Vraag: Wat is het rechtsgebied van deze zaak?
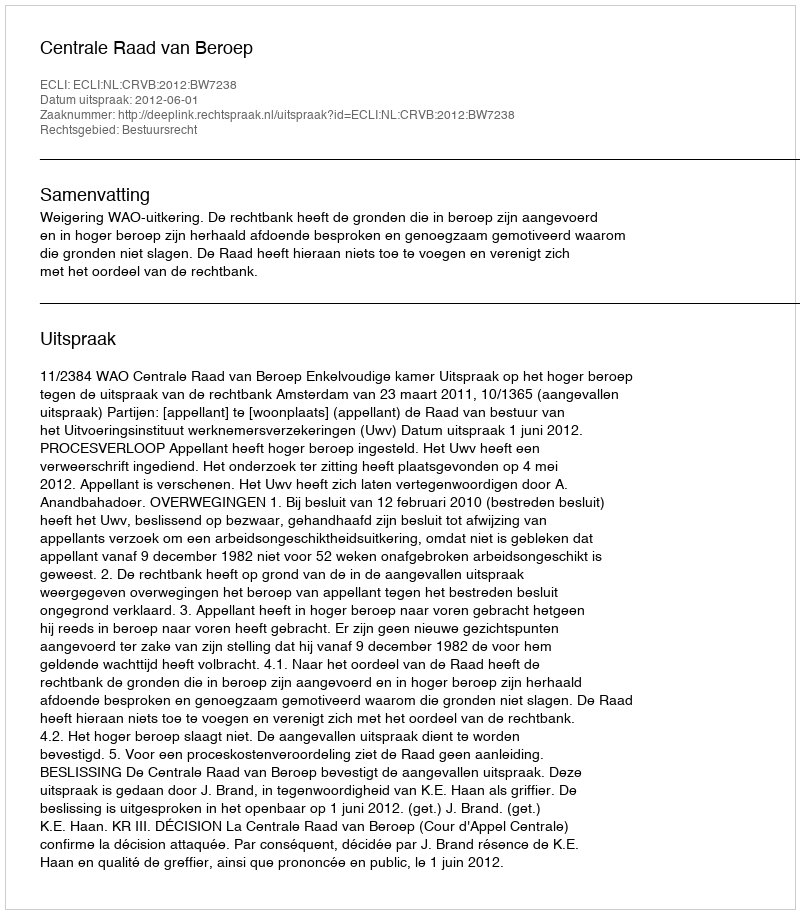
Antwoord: Bestuursrecht